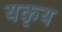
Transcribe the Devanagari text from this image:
यकृय